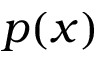
p ( x )